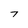
Character: 7